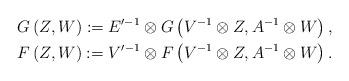
LaTeX: \begin{align*}&G\left(Z,W\right):= E'^{-1} \otimes G\left(V^{-1}\otimes Z ,A^{-1}\otimes W \right),\\&F\left(Z,W\right):=V'^{-1} \otimes F\left(V^{-1}\otimes Z ,A^{-1}\otimes W \right) .\end{align*}